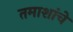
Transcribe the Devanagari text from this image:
तमाशांचे